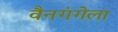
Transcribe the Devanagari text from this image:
वैनगंगेला